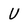
Character: U